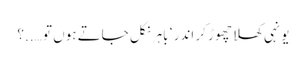
یونہی کھلا چھوڑ کر اندر ‘ باہر نکل جاتے ہوں تو …..؟